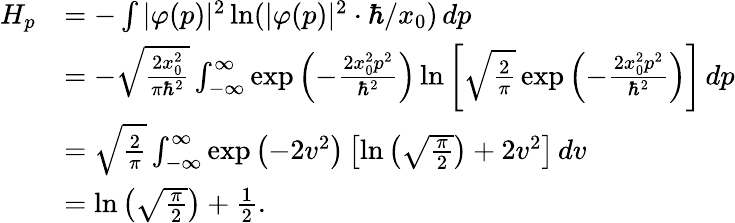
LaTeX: {\begin{array}{rl}{H_{p}}&{=-\int|\varphi(p)|^{2}\ln(|\varphi(p)|^{2}\cdot\hbar/x_{0})\, dp}\\ &{=-{\sqrt{\frac{2x_{0}^{2}}{\pi\hbar^{2}}}}\int_{-\infty}^{\infty}\exp{\left(-{\frac{2x_{0}^{2}p^{2}}{\hbar^{2}}}\right)}\ln\left[{\sqrt{\frac{2}{\pi}}}\exp{\left(-{\frac{2x_{0}^{2}p^{2}}{\hbar^{2}}}\right)}\right]\, dp}\\ &{={\sqrt{\frac{2}{\pi}}}\int_{-\infty}^{\infty}\exp{\left(-2v^{2}\right)}\left[\ln\left({\sqrt{\frac{\pi}{2}}}\right)+2v^{2}\right]\, dv}\\ &{=\ln\left({\sqrt{\frac{\pi}{2}}}\right)+{\frac{1}{2}}.}\end{array}}